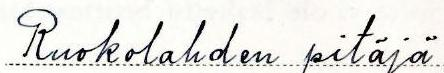
Ruokolahden pitäjä